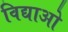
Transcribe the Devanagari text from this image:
विद्याओ